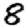
Digit: 8